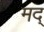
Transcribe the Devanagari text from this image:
मद्